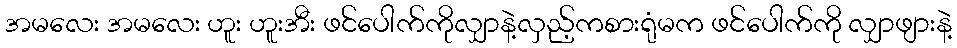
အမလေး အမလေး ဟူး ဟူးအီး ဖင်ပေါက်ကိုလျှာနဲ့လှည့်ကစားရုံမက ဖင်ပေါက်ကို လျှာဖျားနဲ့